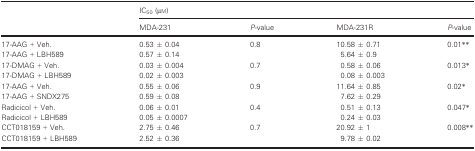
<table><thead><tr><td rowspan="2"></td><td colspan="4"><b>IC<sub>50</sub> (μm)</b></td></tr><tr><td><b>MDA‐231</b></td><td><b><i>P</i>‐value</b></td><td><b>MDA‐231R</b></td><td><b><i>P</i>‐value</b></td></tr></thead><tbody><tr><td>17‐AAG + Veh.</td><td>0.53 ± 0.04</td><td rowspan="2">0.8</td><td>10.58 ± 0.71</td><td rowspan="2">0.01**</td></tr><tr><td>17‐AAG + LBH589</td><td>0.57 ± 0.14</td><td>5.64 ± 0.9</td></tr><tr><td>17‐DMAG + Veh.</td><td>0.03 ± 0.004</td><td rowspan="2">0.7</td><td>0.58 ± 0.06</td><td rowspan="2">0.013*</td></tr><tr><td>17‐DMAG + LBH589</td><td>0.02 ± 0.003</td><td>0.08 ± 0.003</td></tr><tr><td>17‐AAG + Veh.</td><td>0.55 ± 0.06</td><td rowspan="2">0.9</td><td>11.64 ± 0.85</td><td rowspan="2">0.02*</td></tr><tr><td>17‐AAG + SNDX275</td><td>0.59 ± 0.08</td><td>7.62 ± 0.29</td></tr><tr><td>Radicicol + Veh.</td><td>0.06 ± 0.01</td><td rowspan="2">0.4</td><td>0.51 ± 0.13</td><td rowspan="2">0.047*</td></tr><tr><td>Radicicol + LBH589</td><td>0.05 ± 0.0007</td><td>0.24 ± 0.03</td></tr><tr><td>CCT018159 + Veh.</td><td>2.75 ± 0.46</td><td rowspan="2">0.7</td><td>20.92 ± 1</td><td rowspan="2">0.008**</td></tr><tr><td>CCT018159 + LBH589</td><td>2.52 ± 0.36</td><td>9.78 ± 0.02</td></tr></tbody></table>